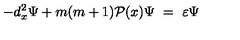
- d _ { x } ^ { 2 } \Psi + m ( m + 1 ) { \cal P } ( x ) \Psi \ = \ \varepsilon \Psi